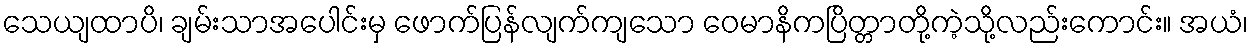
သေယျထာပိ၊ ချမ်းသာအပေါင်းမှ ဖောက်ပြန်လျက်ကျသော ဝေမာနိကပြိတ္တာတို့ကဲ့သို့လည်းကောင်း။ အယံ၊